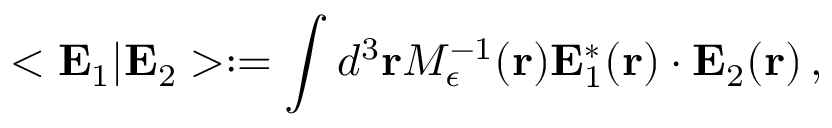
< { \bf E } _ { 1 } | { \bf E } _ { 2 } > : = \int d ^ { 3 } { \bf r } M _ { \epsilon } ^ { - 1 } ( { \bf r } ) { \bf E } _ { 1 } ^ { * } ( { \bf r } ) \cdot { \bf E } _ { 2 } ( { \bf r } ) \, ,